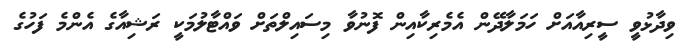
ވިދާޅުވީ ސީރިއާއަށް ހަމަލާދޭން އެމެރިކާއިން ފޮނުވާ މިސައިލްތަށް ވައްޓާލުމަކީ ރަޝިއާގެ އެންމެ ފަހުގެ